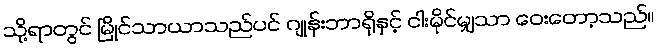
သို့ရာတွင် မြိုင်သာယာသည်ပင် ဂျုန်းဘာရိုနှင့် ငါးမိုင်မျှသာ ဝေးတော့သည်။